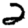
Digit: 2